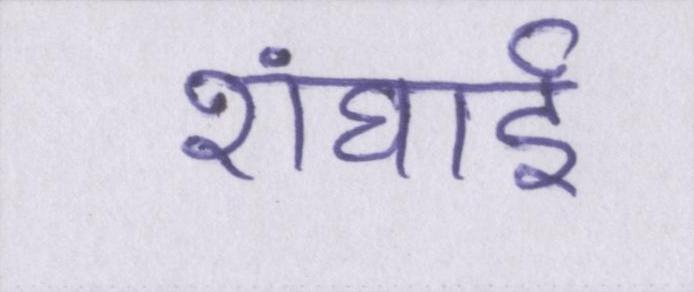
शंघाई